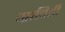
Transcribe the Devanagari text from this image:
ग्राविटी